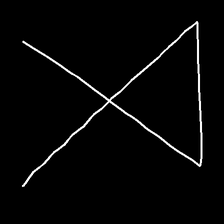
Glyph: collection